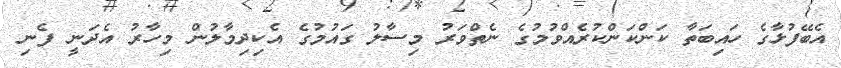
އެބޭފުޅާގެ ހައިބަތާ ކަންކަންކުރެއްވުމުގެ ނެތްވަރު މިސާލު ގައުމުގެ އެކިދިމާލުން މިހާރު އެދަނީ ފެނި